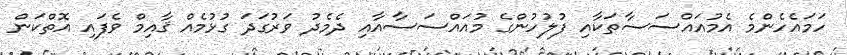
ހަމައެހެންމެ އެމުއައްސަސާތަކާއި ފުލުހުންގެ މުއައްސަސާއާއި ދެމެދު ވަރުގަދަ ގުޅުމެއް ޤާއިމް ވެފައި އޮތްކަން